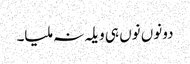
دونوں نوں ہی ویلہ نہ ملیا۔